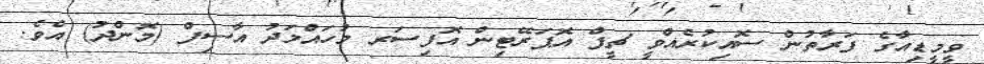
ވީމީޑިއާގެ ފަރާތުން ސޮއިކުރެއްވީ ޗީފް އޮޕަރޭޓިން އޮފިސަރ މުހައްމަދު އާސިފް (މޮންދު) އެވެ.